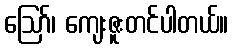
ဪ၊ ကျေးဇူးတင်ပါတယ်။